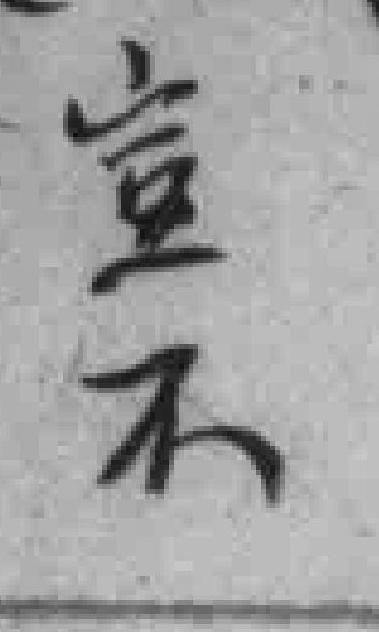
豈不